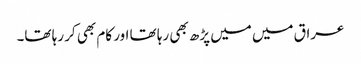
عراق میں میں پڑھ بھی رہا تھا اور کام بھی کر رہا تھا۔